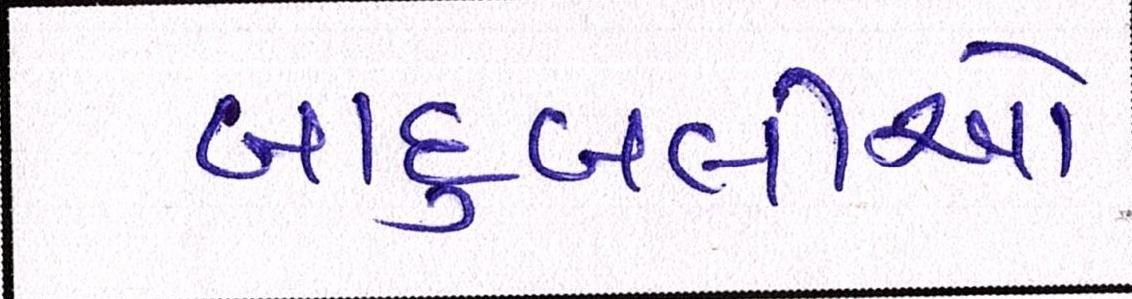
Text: બાદુબલીઓ